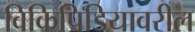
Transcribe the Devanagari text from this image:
विकिपिडियावरील